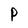
Character: P